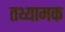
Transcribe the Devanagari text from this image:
तथ्यामक